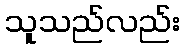
သူသည်လည်း